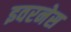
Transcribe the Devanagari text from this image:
इवरनेस